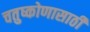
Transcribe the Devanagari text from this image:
चतुष्कोणासाठी